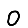
Digit: 0